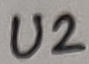
Text: U2